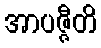
အာပဇ္ဇီတိ